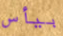
بيأس